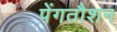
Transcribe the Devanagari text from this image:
पेंगतौशन